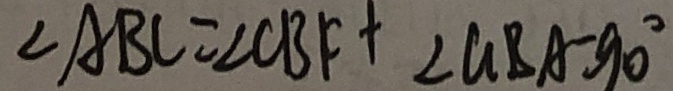
\angle A B C = \angle C B F + \angle G B A = 9 0 ^ { \circ }